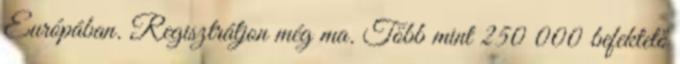
Európában. Regisztráljon még ma. Több mint 250 000 befektető